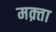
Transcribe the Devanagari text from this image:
मक़्ता